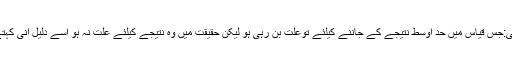
دلیل انی:جس قیاس میں حد اوسط نتیجے کے جاننے کیلئے توعلت بن رہی ہو لیکن حقیقت میں وہ نتیجے کیلئے علت نہ ہو اسے دلیل انی کہتے ہیں۔